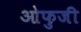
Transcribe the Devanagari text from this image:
ओफुजी